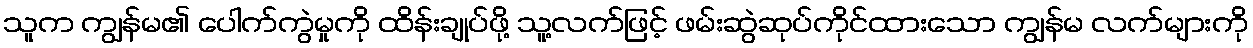
သူက ကျွန်မ၏ ပေါက်ကွဲမှုကို ထိန်းချုပ်ဖို့ သူ့လက်ဖြင့် ဖမ်းဆွဲဆုပ်ကိုင်ထားသော ကျွန်မ လက်များကို